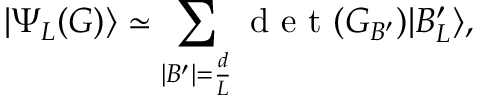
\left| \Psi _ { L } ( G ) \right\rangle \simeq \sum _ { | B ^ { \prime } | = \frac { d } { L } } \textrm { d e t } ( G _ { B ^ { \prime } } ) | B _ { L } ^ { \prime } \rangle ,